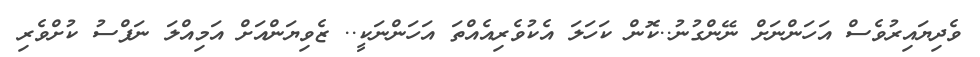
ވެދިޔައިރުވެސް އަހަންނަށް ނޭންގުނު..ކޮން ކަހަލަ އެކުވެރިއެއްތަ އަހަންނަކީ.. ޒެވިޔަންއަށް އަމިއްލަ ނަފްސު ކުށްވެރި